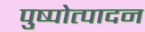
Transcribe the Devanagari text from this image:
पुष्पोत्पादन